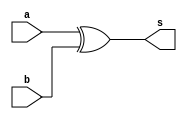
// ------------------------- 
// Exemplo0024 - 4bit Comparador de Diferena
// Nome: Bruno Cezar Andrade Viallet 
// ------------------------- 

// ------------------------- 
// Comparador de Diferena
// ------------------------- 

module compD (output [3:0]s, input [3:0]a, input [3:0]b); 
	// descrever por portas 
	
	assign s = (a ^ b);
	
endmodule // compD

module test_compD; 
// ------------------------- definir dados 
	reg [3:0] x; 
	reg [3:0] y; 
	 
	wire [3:0] r; 
	
// ------------------------- instancia
	compD modulo(r, x, y);

// ------------------------- parte principal 
	initial begin 
		$display("Exemplo0024 - Bruno Cezar Andrade Viallet - 396679"); 
		$display("Teste Comparador de Diferena"); 
		
		x = 4'b0000;
		y = 4'b0000;
		
		#1 $display("%b  %b = %b", x, y, r);
		
		x = 4'b0001;
		y = 4'b0000;
		
		#1 $display("%b  %b = %b", x, y, r);
	
	end 
endmodule // test_compD